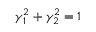
\gamma _ { 1 } ^ { 2 } + \gamma _ { 2 } ^ { 2 } = 1